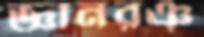
জ্ঞানরঞ্